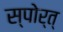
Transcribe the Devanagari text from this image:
स्पोर्त्